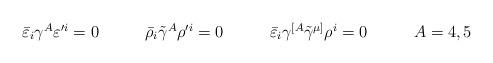
LaTeX: \begin{align*}\begin{array}{cccc}\bar{\varepsilon}_{i}\gamma^{A}\varepsilon^{\prime i}=0~~~&~~~\bar{\rho}_{i}\tilde{\gamma}^{A}\rho^{\prime i}=0~~~&~~~\bar{\varepsilon}_{i}\gamma^{[A}\tilde{\gamma}^{\mu]}\rho^{i}=0~~~&~~~A=4,5\end{array}\end{align*}